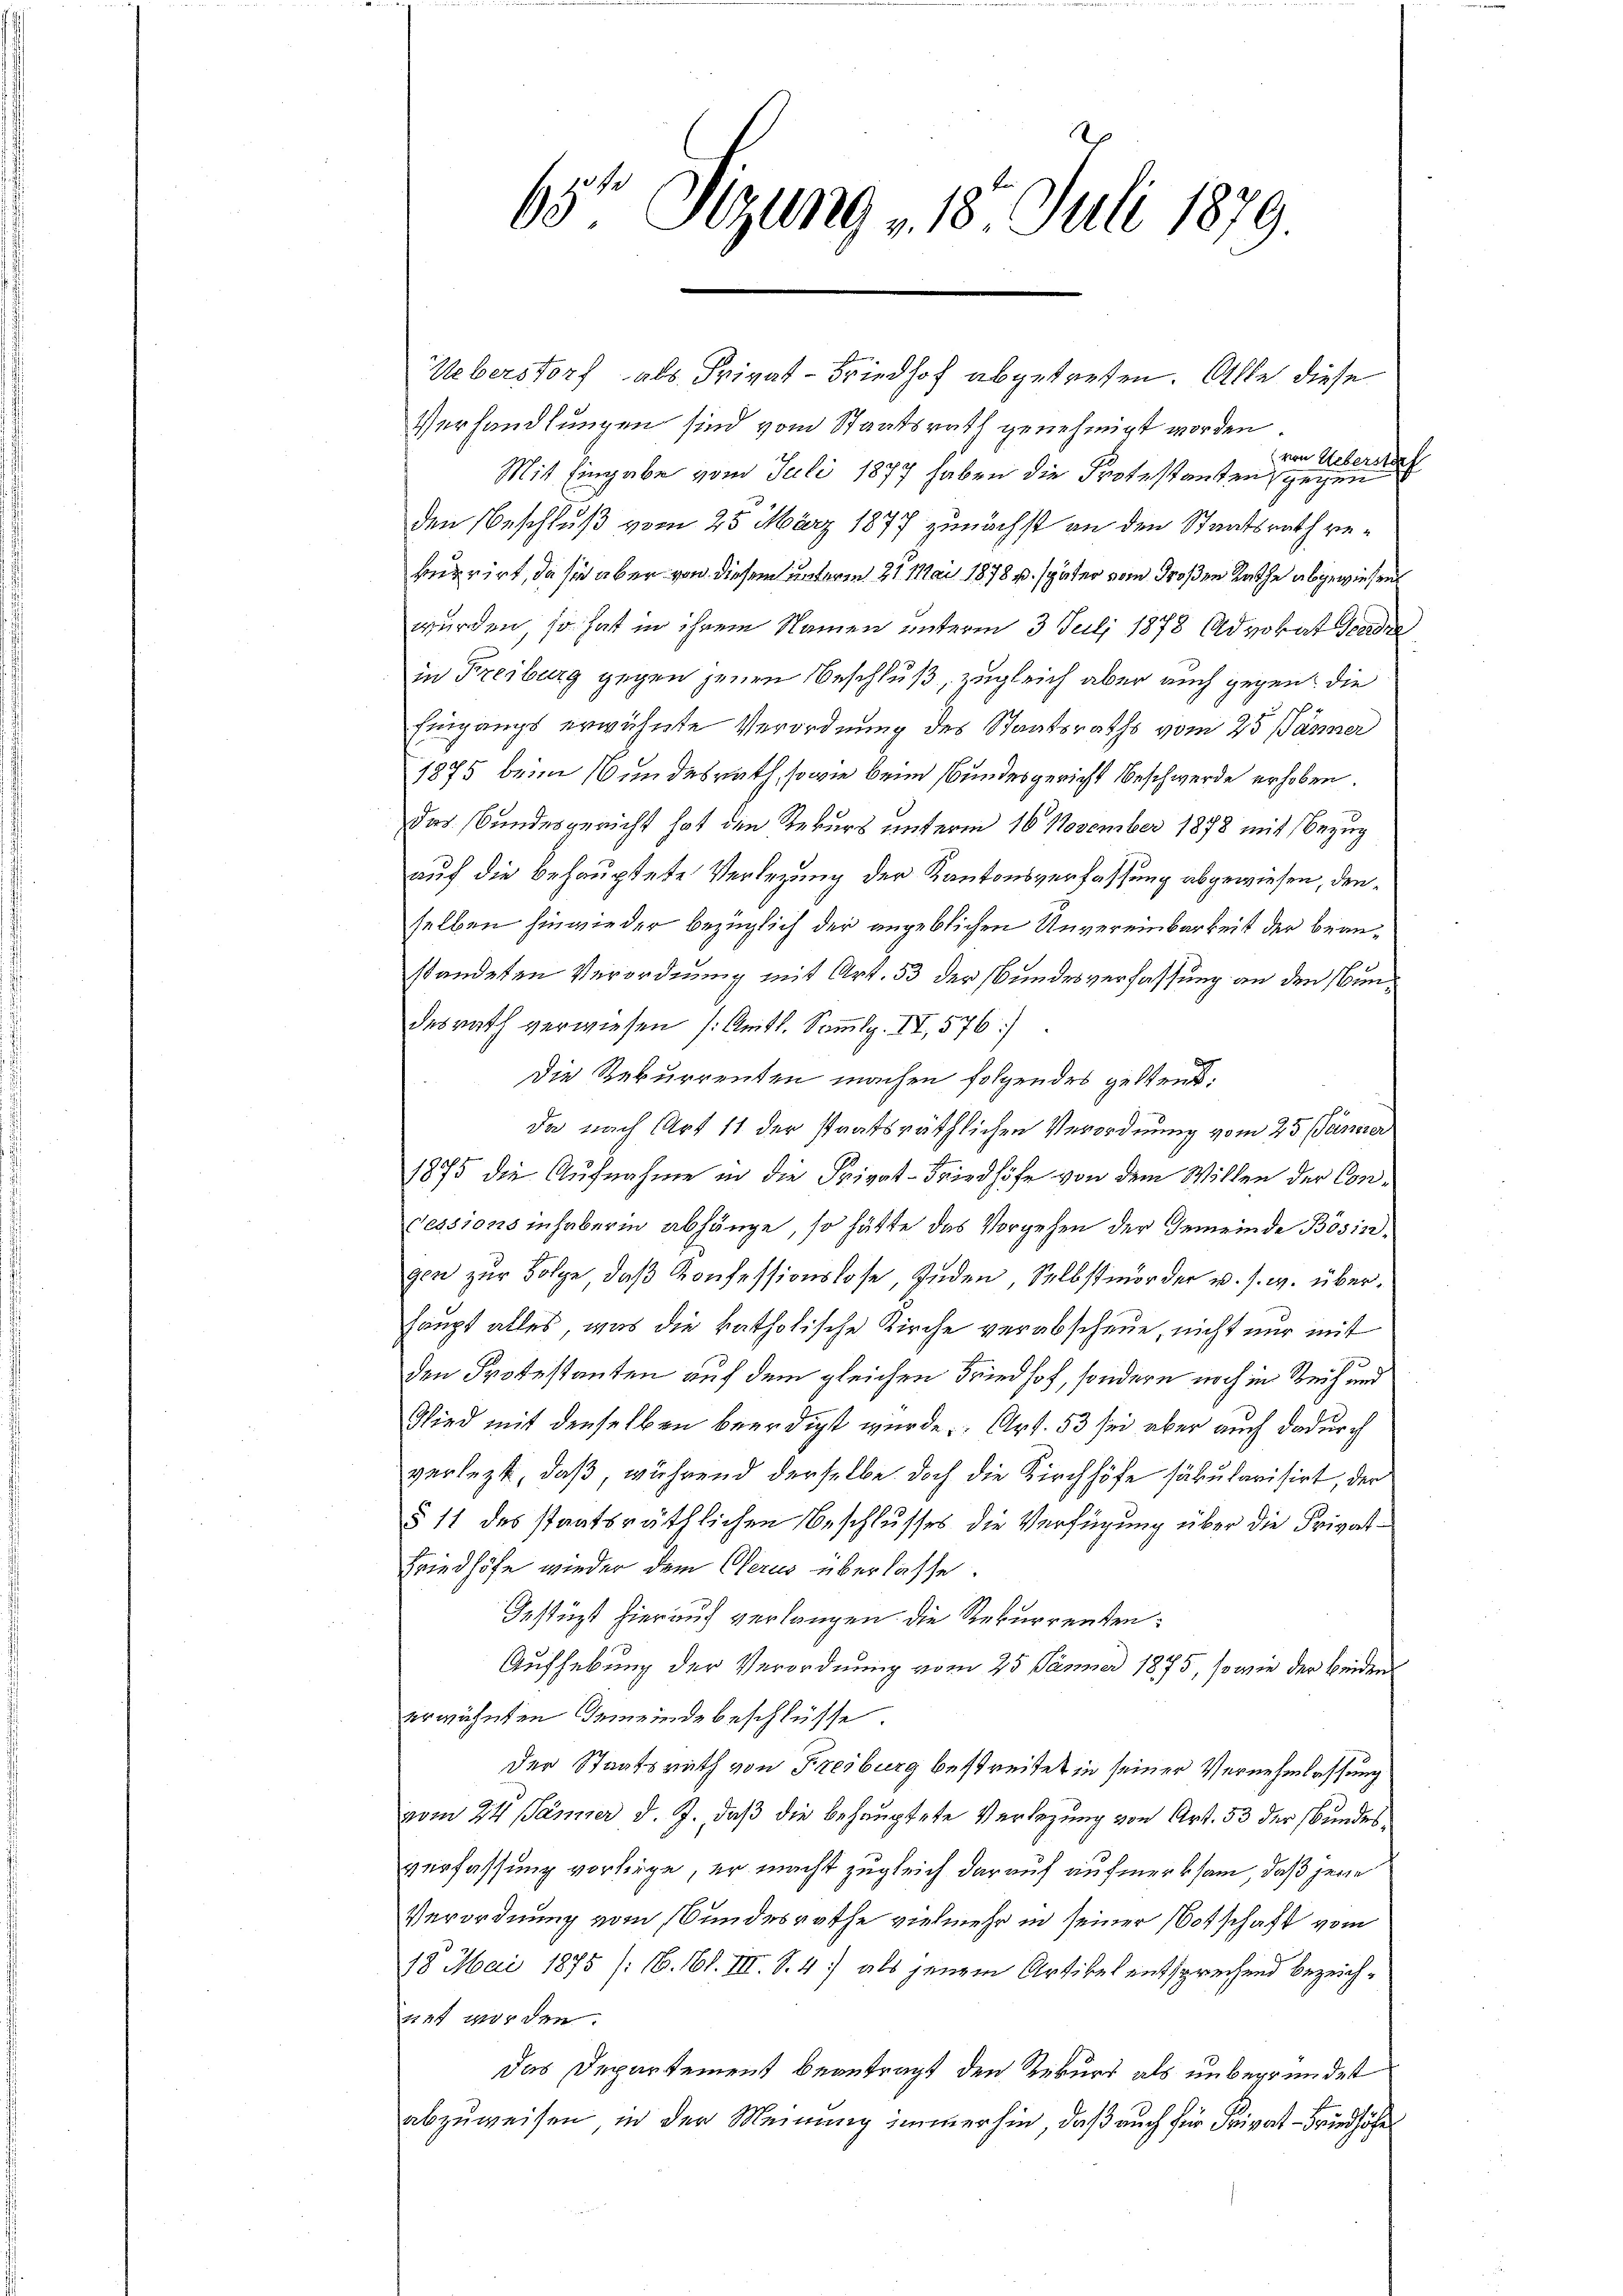
65te Sizung v. 18. Juli 1879.

Ueberstorf als Privat-Friedhof abgetreten. Alle diese
Verhandlungen sind vom Staatsrath genehmigt worden.
von Ueberstref
Mit Eingabe vom Juli 1877 haben die Protestanten, gegen
den Beschluß vom 25. März 1877 zunächst an den Staatsrath rekurrirt, da sich aber von diesem unterm 21. Mai 1878 u. später vom Großen Rathe abgewiesend
wurden, so hat in ihrem Namen unterm 3. Juli 1878 Advokat Pende
in Freiburg gegen jenen Beschluß, zugleich aber auch gegen die
Eingangs erwähnte Verordnung des Staatsraths vom 25. Jänner
1875 beim Bundesrath, sowie beim Bundesgericht beschwerde erhoben.
das Bundesgericht hat den Rekurs unterm 16. November 1878 mit Bezug
auf die behauptete Verlegung der Kantonsverfassung abgewiesen, denselben hinwieder bezüglich der angeblichen Unvereinbarkeit der beanstandeten Verordnung mit Art. 53 der Bundesverfassung an den Bundesrath verwiesen (Anitl. Sammlg. II, 576)
Die Rekurrenten machen folgendes geltend.
da nach Art 11 der staatsräthlichen Verordnung vom 25. Jänner
1875 die Aufnahme in die Privat-Friedhöfe von dem Willen der Con¬
Tessions inhaberin abhänge, so hätte das Vorgehen der Gemeinde Bösingen zŭr Folge, daβ Konfessionslose, inden, Selbstmorder u. s. w. überhaupt alles, was die katholische Kirche verabscheue, nicht nur mit
den Protestanten auf dem gleichen Friedhof, sondern noch in Reih und
Wird mit denselben beerdigt wurde. Art. 53 sei aber auch dadurch
verlegt, daß, während derselbe doch die Kirchhöfe säkularisirt, der
§ 11 des staatsräthlichen Beschlusses die Verfügung über die Privat¬
Friedhöfe wieder dem Clerus überlasse.
Gestüzt hierauf verlangen. Die Rekurrenten:
Aufhebung der Verordnung vom 25. Jänner 1875, so wie der beiden
erwähnten Gemeinde beschlüsse.
der Staatsrath von Freiburg bestreitet in seiner Vernehmlassung
vom 24 Jänner d. J., daß die behauptete Verlegung von Art. 53 der Bundesverfassung vorliege, er macht zugleich darauf aufmerksam, daß jene
Verordnung vom Bundesrathe vielmehr in seiner Botschaft vom
18. Mai 1875 (16. 161. III. S. 4) als jenem Artikel entsprechend bezeichnet worden.
Das Departement beantragt den Rekurs als unbegründet
abzuweisen in der Meinung immerhin, daß auch für Frivat-Friedhöfe